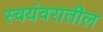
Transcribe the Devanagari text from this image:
स्वयंवरातील